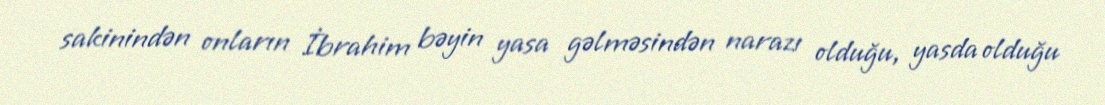
sakinindən onların İbrahim bəyin yasa gəlməsindən narazı olduğu, yasda olduğu